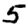
Digit: 5